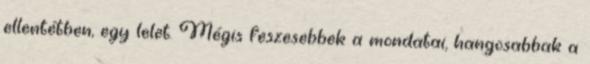
ellentétben, egy lelet. Mégis feszesebbek a mondatai, hangosabbak a